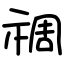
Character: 禂